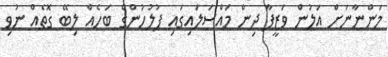
މަންނާނަށް އަލުން ވަޒީފާ ދިން މައްސަލައިގައި ފުލުހުންގެ ބަހެއް ލިބޭ ގޮތެއް ނުވި